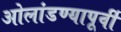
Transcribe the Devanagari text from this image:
ओलांडण्यापूर्वी